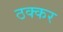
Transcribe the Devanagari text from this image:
ठक्‍कर